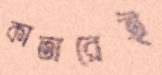
কাতারেই